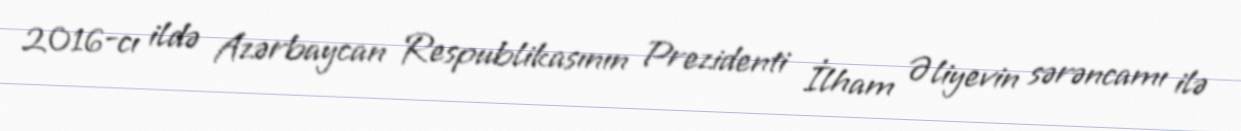
2016-cı ildə Azərbaycan Respublikasının Prezidenti İlham Əliyevin sərəncamı ilə